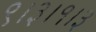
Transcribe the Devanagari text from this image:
९।३।१।३